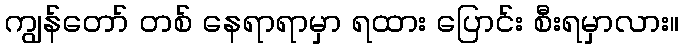
ကျွန်တော် တစ် နေရာရာမှာ ရထား ပြောင်း စီးရမှာလား။